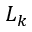
L _ { k }